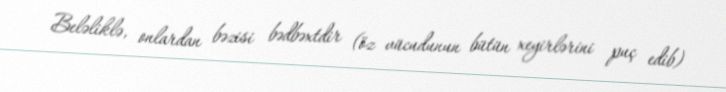
Beləliklə, onlardan bəzisi bədbəxtdir (öz vücudunun bütün xeyirlərini puç edib)